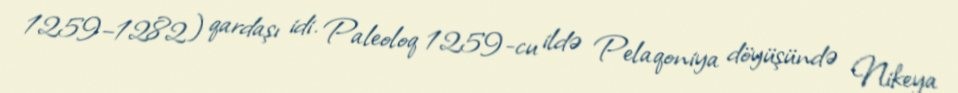
1259–1282) qardaşı idi. Paleoloq 1259-cu ildə Pelaqoniya döyüşündə Nikeya